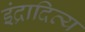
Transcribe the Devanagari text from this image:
इंद्रादित्य